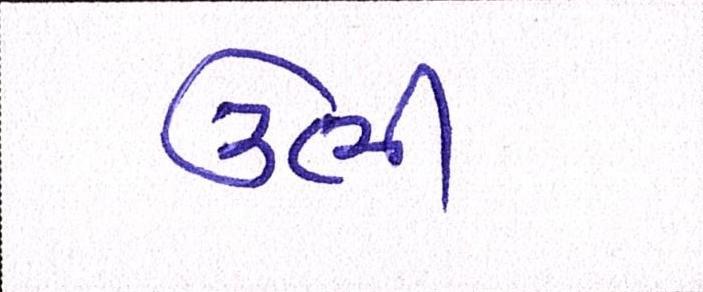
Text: ઉભી